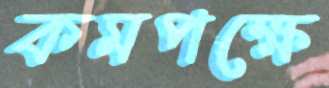
কমপক্ষে